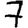
Digit: 7